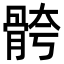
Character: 骻